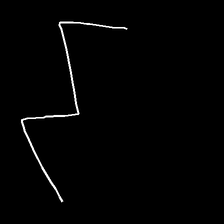
Glyph: crush